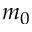
m _ { 0 }